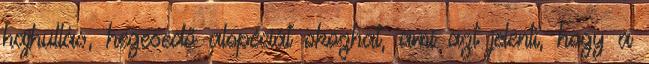
hajhullás, hegesedő alopéciát okozhat, ami azt jelenti, hogy a